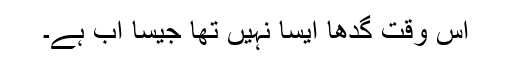
اس وقت گدھا ایسا نہیں تھا جیسا اب ہے۔